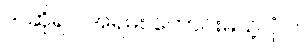
ဒါ ဆိုရင် အရမ်း ကောင်းမယ့် ပုံပဲ။